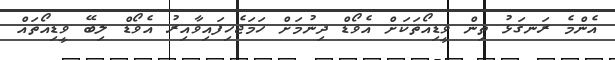
އެންމެ ރަނގަޅު ތިން ވީޑިއޯތަކަށް އެވޯޑް ދިނުމަށް ހަމަޖެހިފައިވާއިރު އެވޯޑް ލިބޭ ވީޑިއޯތައް